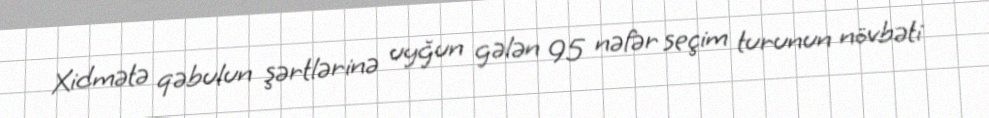
Xidmətə qəbulun şərtlərinə uyğun gələn 95 nəfər seçim turunun növbəti